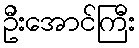
ဦးအောင်ကြီး